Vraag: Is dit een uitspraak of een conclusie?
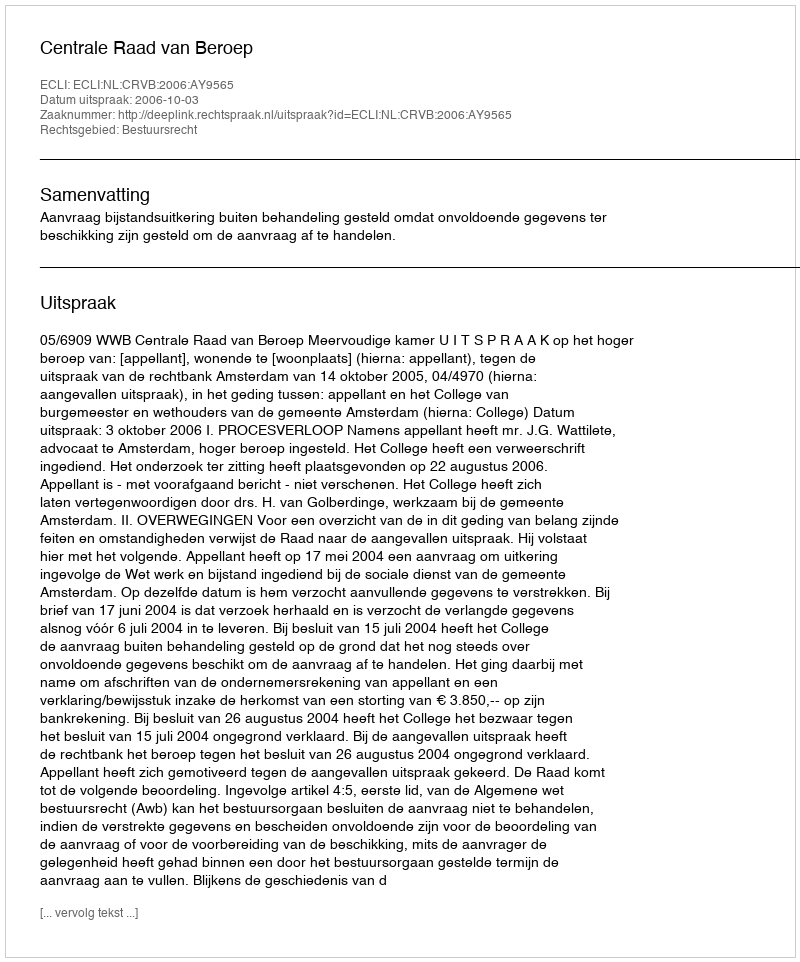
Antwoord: Uitspraak